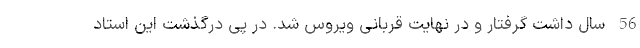
56 سال داشت گرفتار و در نهایت قربانی ویروس شد. در پی درگذشت این استاد